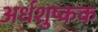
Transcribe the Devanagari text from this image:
अर्धशुष्कक